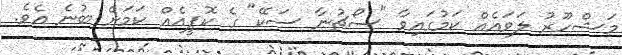
މަޝްހޫރު ލަވައެއް ކަމުގައިވާ "ސޯޗުނާ ސަކޭ" ގެ ކޮޕީއެއް ކަމަށް ބުނެ އެވެ.